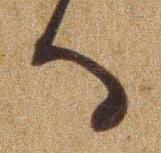
る